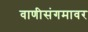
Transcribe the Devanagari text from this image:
वाणीसंगमावर